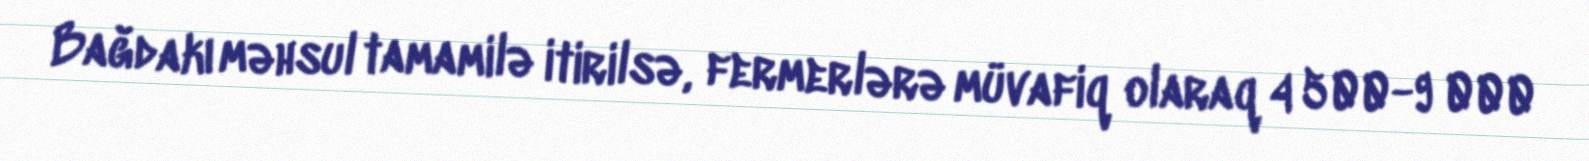
Bağdakı məhsul tamamilə itirilsə, fermerlərə müvafiq olaraq 4 500-9 000